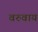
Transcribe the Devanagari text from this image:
वरुवाय